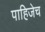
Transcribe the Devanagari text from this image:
पाहिजेच